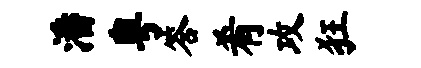
潘粤答肴攻狂